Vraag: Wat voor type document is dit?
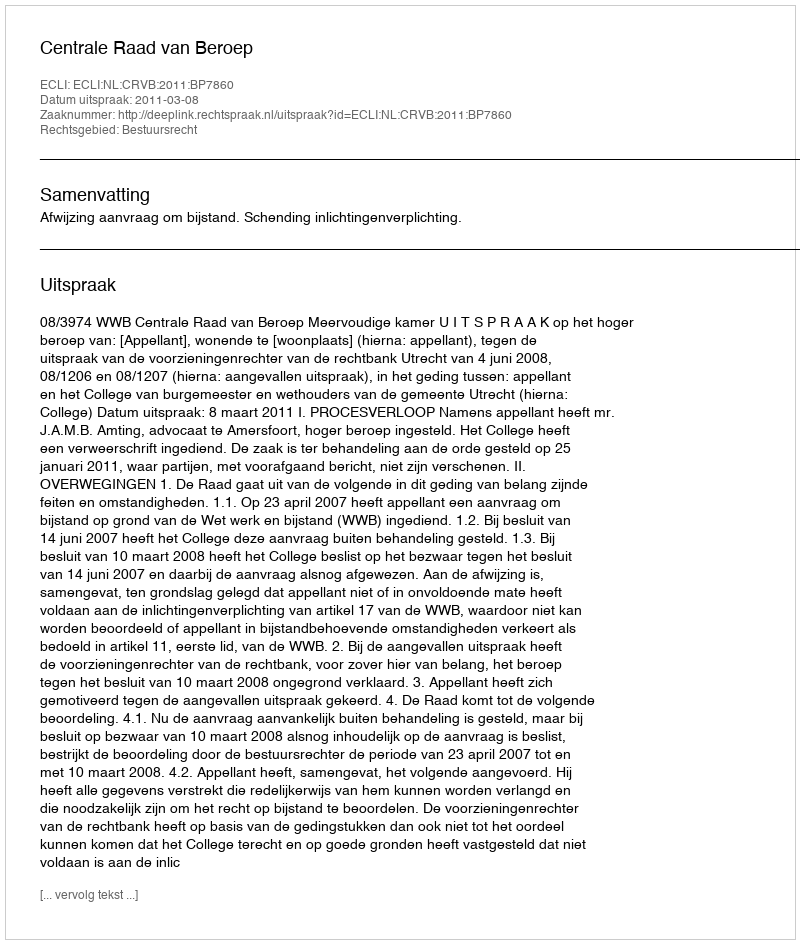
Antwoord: Uitspraak